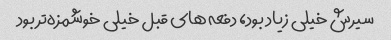
سیرش خیلی زیاد بود، دفعه های قبل خیلی خوشمزه‌تر بود